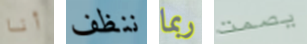
أنا ننظف ربما يصمت